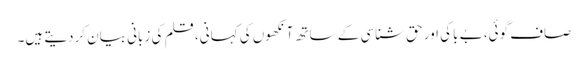
صاف گوئی، بے باکی اور حق شناسی کے ساتھ آنکھوں کی کہانی، قلم کی زبانی بیان کردیتے ہیں۔